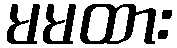
မမထား